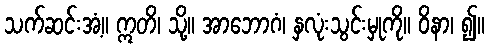
သက်ဆင်းအံ့။ ဣတိ၊ သို့။ အာဘောဂံ၊ နှလုံးသွင်းမှုကို။ ဝိနာ၊ ၍။